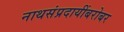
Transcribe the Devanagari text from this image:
नाथसंप्रदायींबरोबर